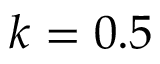
k = 0 . 5